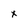
Character: x